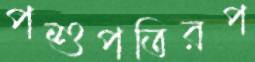
পশুপতিরপ